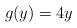
LaTeX: \begin{align*}g(y)=4y\end{align*}